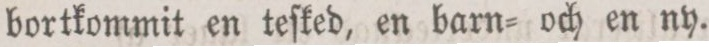
bortkommit en teſked, en barn- och en ny.